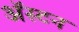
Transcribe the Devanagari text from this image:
अॅस्टन